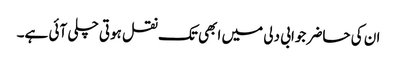
ان کی حاضر جوابی دلی میں ابھی تک نقل ہوتی چلی آئی ہے۔